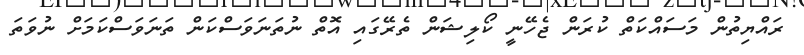
ރައްޔިތުން މަސައްކަތް ކުރަން ޖެހޭނީ ކޯލިޝަން ތެރޭގައި އޮތް ނުތަނަވަސްކަން ތަނަވަސްކަމަށް ނުވަތަ